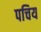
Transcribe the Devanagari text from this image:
पचिय